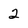
Character: 2